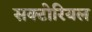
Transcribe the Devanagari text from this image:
सक्टोरियल